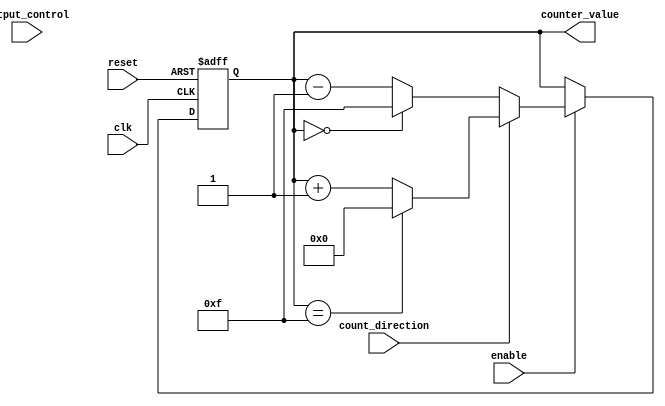
module SynchronousCounter #(
    parameter COUNTER_WIDTH = 4, // Width of the counter
    parameter MAX_COUNT = (1 << COUNTER_WIDTH) - 1 // Maximum count value
) (
    input wire clk,                  // Clock input
    input wire reset,                // Asynchronous reset
    input wire enable,               // Enable counting
    input wire count_direction,       // Count direction: 1 = up, 0 = down
    input wire output_control,        // Output control signal
    output reg [COUNTER_WIDTH-1:0] counter_value  // Current counter value
);

    // Predefined initial value for reset
    localparam INITIAL_VALUE = 4'd0;

    // Always block for counter logic
    always @(posedge clk or posedge reset) begin
        if (reset) begin
            counter_value <= INITIAL_VALUE; // Reset to predefined initial value
        end else if (enable) begin
            if (count_direction) begin
                if (counter_value == MAX_COUNT) begin
                    counter_value <= INITIAL_VALUE; // Wrap around to zero
                end else begin
                    counter_value <= counter_value + 1; // Increment
                end
            end else begin
                if (counter_value == INITIAL_VALUE) begin
                    counter_value <= MAX_COUNT; // Wrap around to max
                end else begin
                    counter_value <= counter_value - 1; // Decrement
                end
            end
        end
    end

    // Output control logic
    wire [COUNTER_WIDTH-1:0] output_value;
    assign output_value = output_control ? counter_value : INITIAL_VALUE;

endmodule